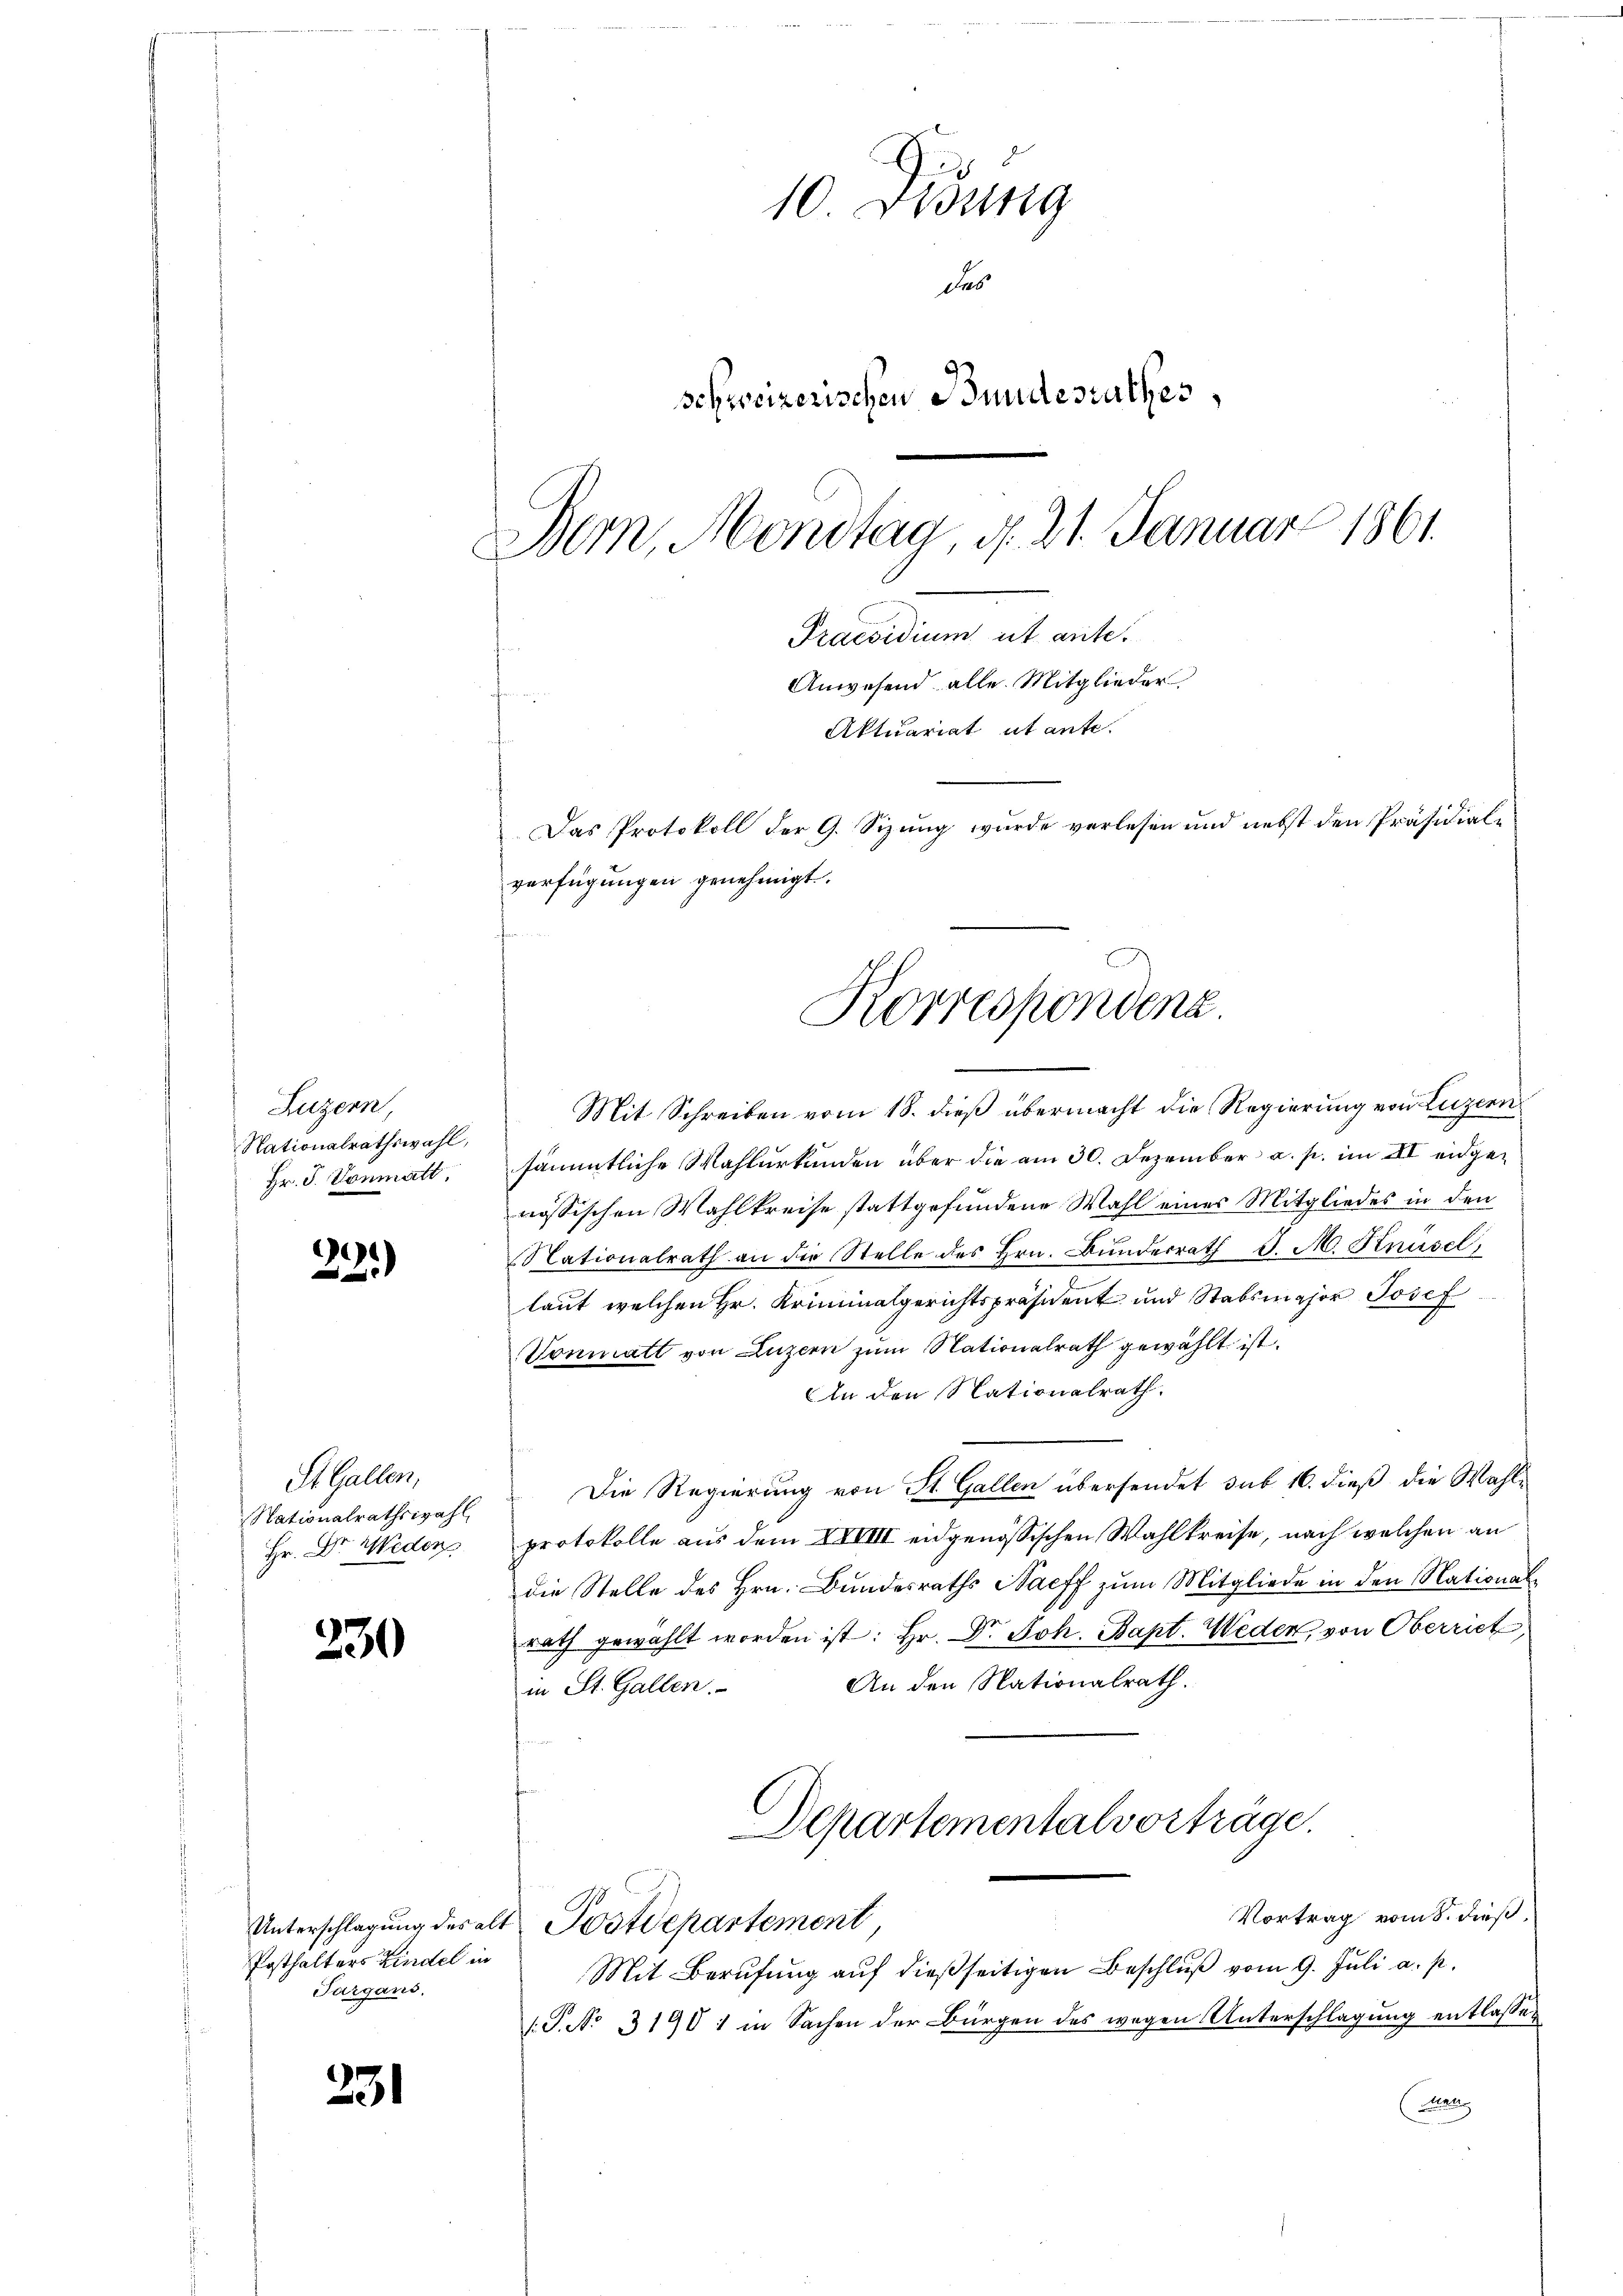
Luzern,
Nationalrathswahl,
Hr. J. Vonmatt,

221)

St. Gallen,
Nationalrathswahl
Hr. Dr. Weders

230

Posthalters Kindel in
Targans,

231

10 Didung
des
schweizerischen Bundesrathes,
Bern, Mondtag, d. 21. Januar 1861.
Praesidium et ante.
Anwesend alle Mitglieder
Aktuariat et ante.
Das Protokoll der G. Sizung wurde verlesen und nebst den Präsidialverfügungen genehmigt.

Mit Schreiben vom 18. dieß übermacht die Regierung von Luzern
sämmtliche Wahlurkunden über die am 30. Dezember a. p. im II eidgenössischen Wahlkreise stattgefundene Wahl einer Mitgliedes in den
Nationalrath an die Stelle des Hrn. Bunderrath J. M. Knüsel
laut welchen Hr. Kriminalgerichtspräsident und Stabsmajor Josef
Vonmatt von Luzern zum Nationalrath gewählt ist.
An den Nationalrath.
Die Regierung von St. Gallen übersendet sub 16. dieß die Wahlprotokolle aus dem XXVIII eidgenössischen Wahlkreise, nach welchen an
die Stelle des Hrn. Bundesraths Nacff zum Mitgliede in den National-
rath gewählt worden ist: Hr. Dr. Joh. Bapt. Weder, von Oberrich,
An den Nationalrath.
in St. Gallen.
Departementalvorträge.
Vortrag vom 8. dieß,
Unterschlagung des alt Postdepartement,
Mit Berufung auf dießseitigen Beschluß vom 9. Juli a. p.
1.P. No 131901 in Sachen der Bürgen des wegen Unterschlagung entlasse¬
Mal

Korrespondenz.